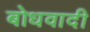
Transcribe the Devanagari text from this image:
बोधवादी